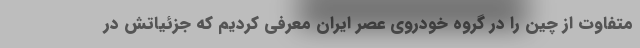
متفاوت از چین را در گروه خودروی عصر ایران معرفی کردیم که جزئیاتش در